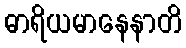
ဓာရိယမာနေနာတိ